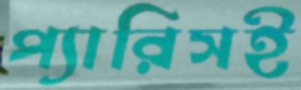
প্যারিসই